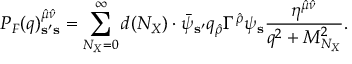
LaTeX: P _ { F } ( q ) _ { { \bf s } ^ { \prime } { \bf s } } ^ { { \hat { \mu } } { \hat { \nu } } } = \sum _ { N _ { X } = 0 } ^ { \infty } d ( N _ { X } ) \cdot { \bar { \psi } } _ { { \bf s } ^ { \prime } } q _ { \hat { \rho } } \Gamma ^ { \hat { \rho } } \psi _ { \bf s } { \frac { \eta ^ { { \hat { \mu } } { \hat { \nu } } } } { q ^ { 2 } + M _ { N _ { X } } ^ { 2 } } } .